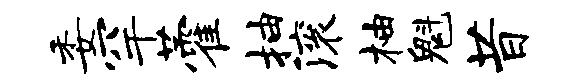
委罕藿抽滚柚魁昔